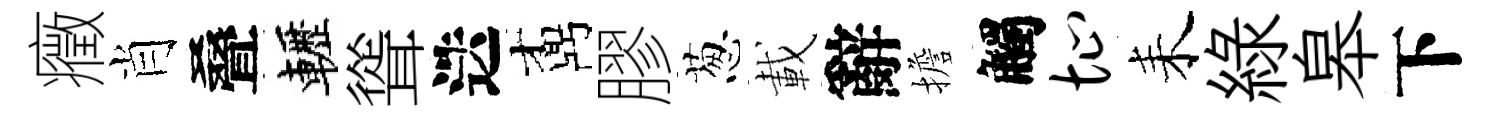
癥肖叠轣聳迭鼒膠葱載辭擔觸址耒緑皋下